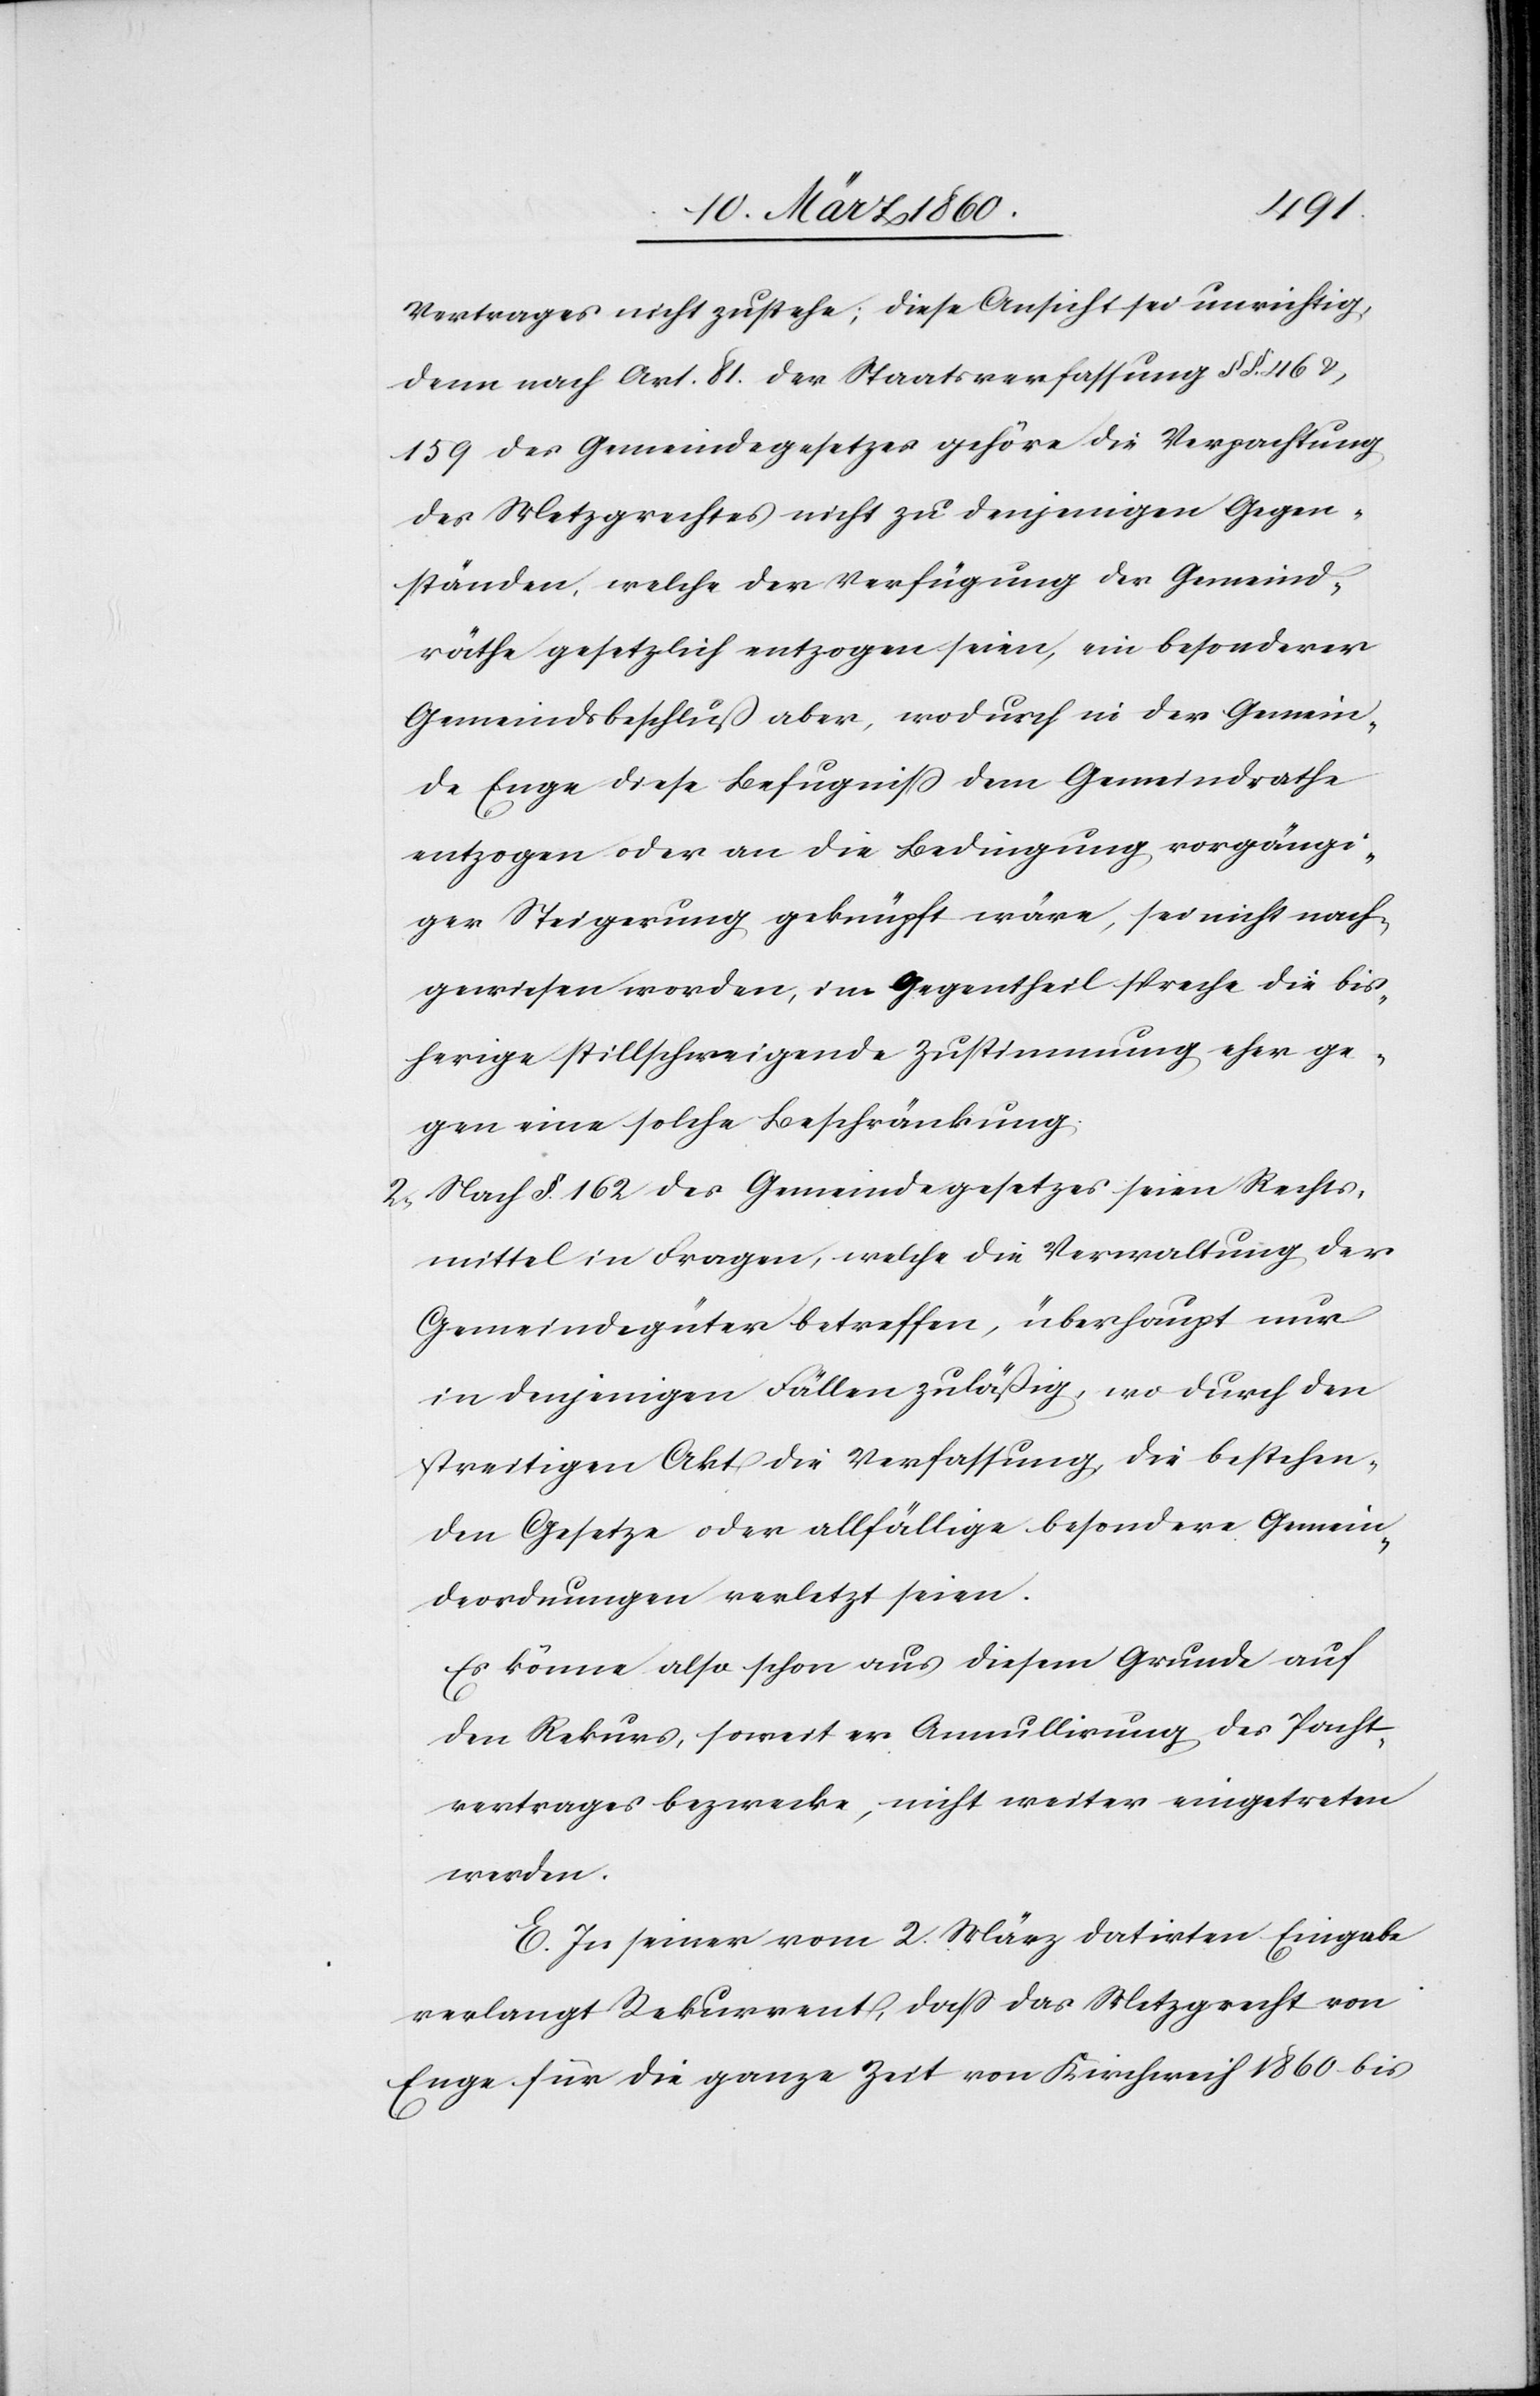
Vertrages nicht zustehe; diese Ansicht sei unrichtig,
denn nach Art. 81. der Staatsverfassung §§. 46 u.
159 des Gemeindegesetzes gehöre die Verpachtung
des Metzgrechtes nicht zu denjenigen Gegen¬
ständen, welche der Verfügung der Gemeind¬
räthe gesetzlich entzogen seien, ein besonderer
Gemeindsbeschluss aber, wodurch in der Gemein¬
de Enge diese Befugniss dem Gemeindrathe
entzogen oder an die Bedingung vorgängi¬
ger Steigerung geknüpft wäre, sei nicht nach¬
gewiesen worden, im Gegentheil spreche die bis¬
herige stillschweigende Zustimmung eher ge¬
gen eine solche Beschränkung.
2. Nach §. 162. des Gemeindegesetzes seien Rechts¬
mittel in Fragen, welche die Verwaltung der
Gemeindegüter betreffen, überhaupt nur
in denjenigen Fällen zuläßig, wo durch den
streitigen Akt die Verfassung, die bestehen¬
den Gesetze oder allfällige besondere Gemein¬
deordnungen verletzt seien.
Es könne also schon aus diesem Grunde auf
den Rekurs, soweit er Annullirung des Pacht¬
vertrages bezwecke, nicht weiter eingetreten
werden.
E. In seiner vom 2. März datirten Eingabe
verlangt Rekurrent, dass das Metzgrecht von
Enge für die ganze Zeit von Kirchweih 1860 bis